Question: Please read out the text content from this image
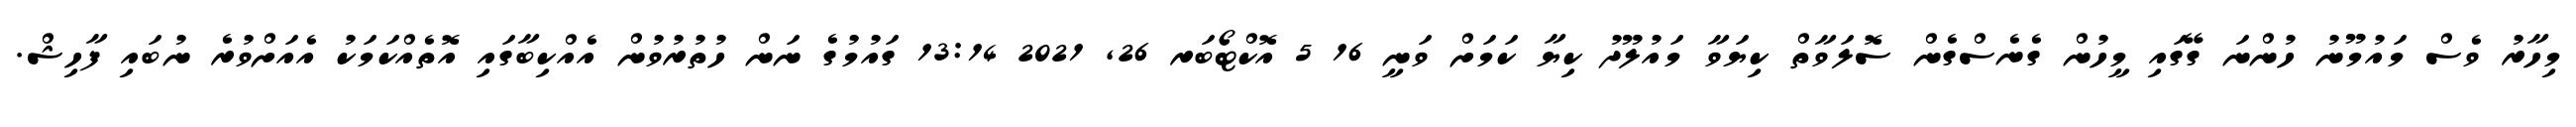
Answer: މިހާރު ވެސް މައުމޫނު ހުންނަ ގޭގައި މީހުން ގެނެސްގެން ސޮލަވާތް ކިޔަވާ މައުލޫދު ކިޔާ ކަމަށް ވަނީ 16 5 އޮކްޓޯބަރ 26, 2021 13:14 ގައުމުގެ ނަން ހުތުރުވުން އެއްކިބާގައި އޮތެއްކަމަކު އެއަށްވުރެ ނުބައި ފާހިޝް.